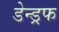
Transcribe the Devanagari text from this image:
डेन्ड्रफ